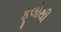
ફૂલોથી